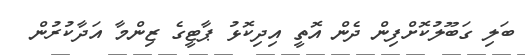
ބަލި ގަބޫލުކޮށްފިން ދެން އޮތީ އިދިކޮޅު ޕާޓީގެ ޒިންމާ އަދާކުރުން